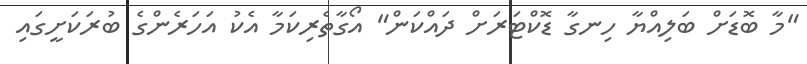
"މާ ބޮޑަށް ބަލިއްޔާ ހިނގާ ޑޮކްޓަރަށް ދައްކަން" އޯގާތެރިކަމާ އެކު އަހަރެންގެ ބުރަކަށީގައި